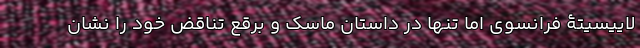
لاییسیتۀ فرانسوی اما تنها در داستان ماسک و برقع تناقض خود را نشان